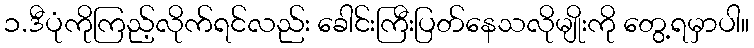
၁.ဒီပုံကိုကြည့်လိုက်ရင်လည်း ခေါင်းကြီးပြတ်နေသလိုမျိုးကို တွေ့ရမှာပါ။